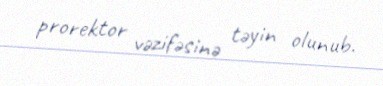
prorektor vəzifəsinə təyin olunub.